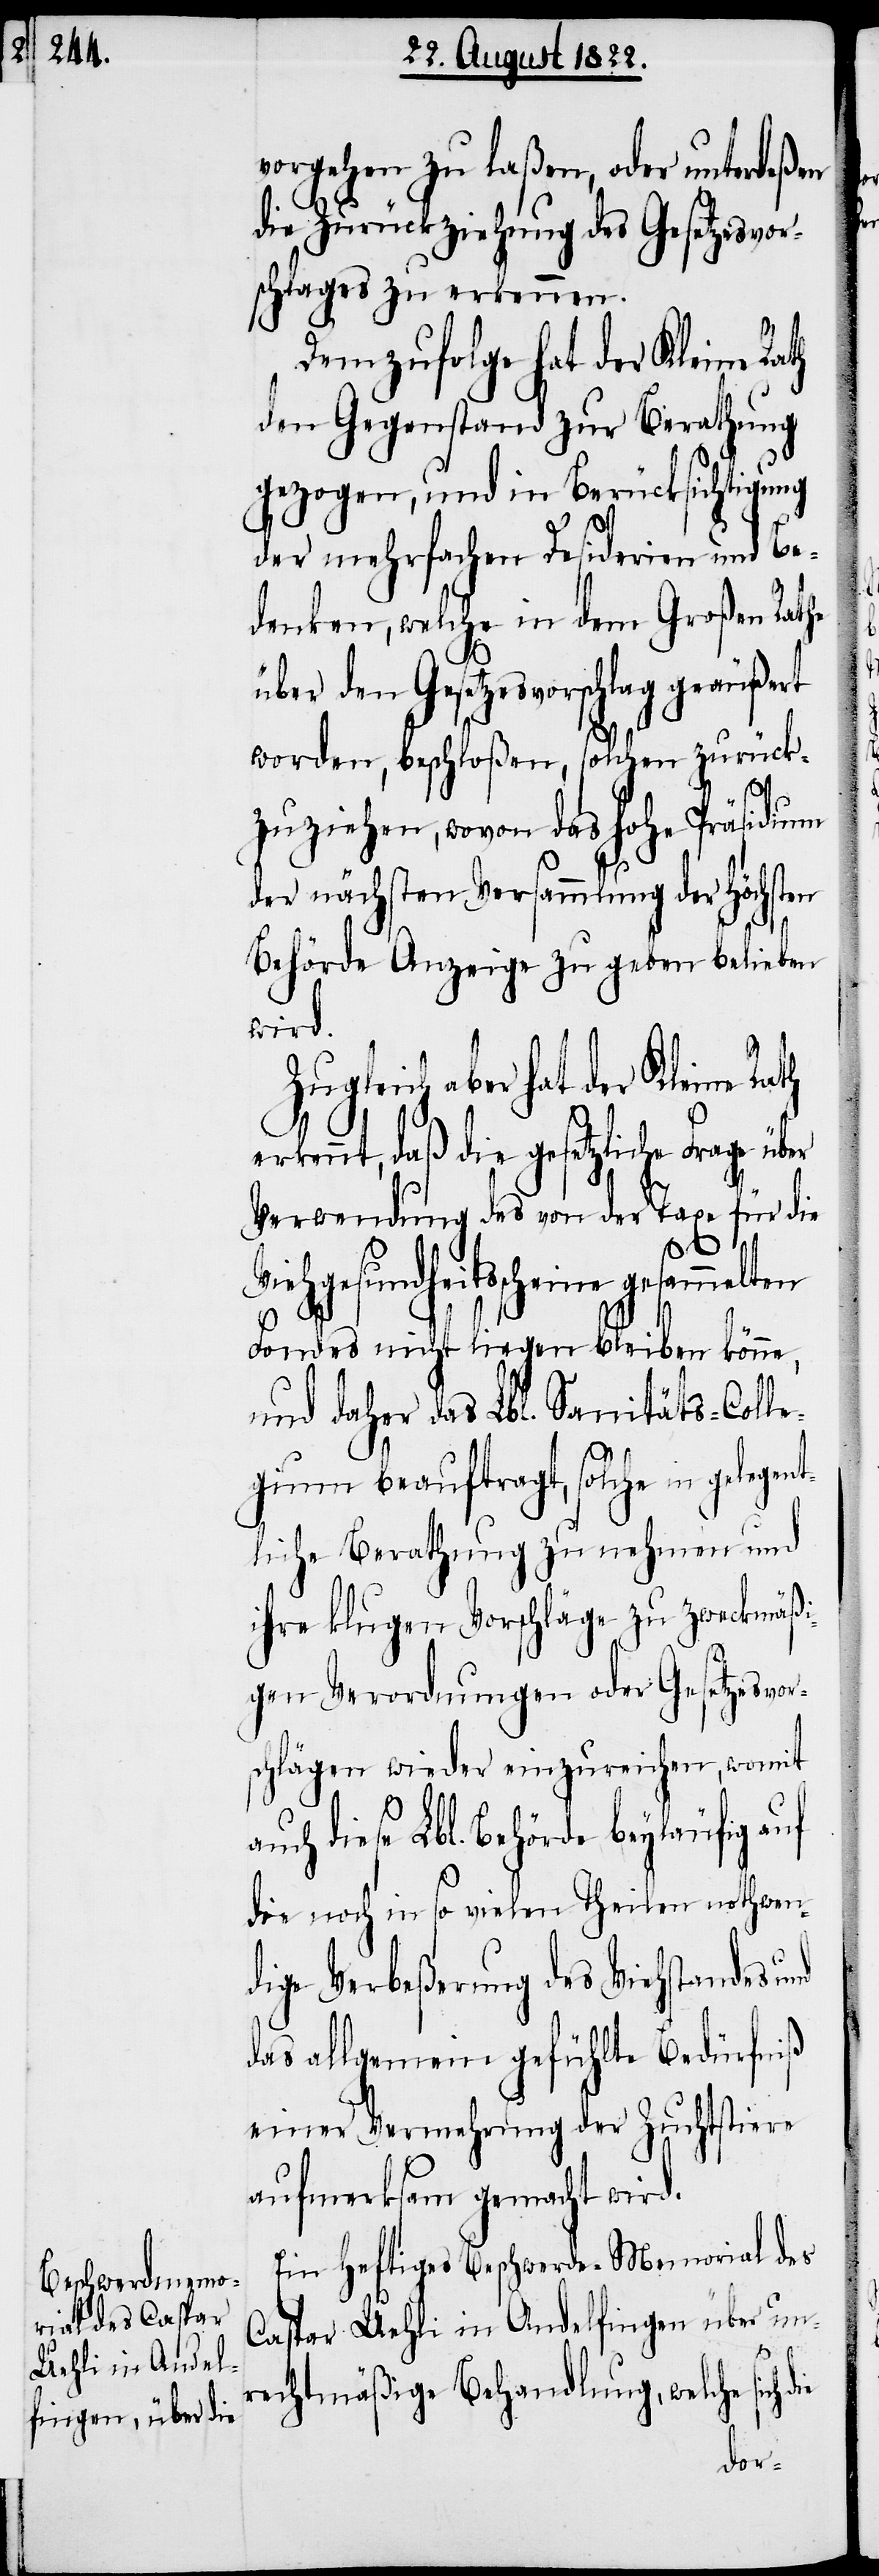
ent¬

vorgehen zu laßen, oder unterdeßen
die Zurückziehung des Gesetzesvor¬
schlages zu erkennen.
Demzufolge hat der Kleine Ra¬
den Gegenstand zur Berathung
gezogen, und in Berücksichtung
der mehrfachen Desiderien und Be¬
denken, welche in dem Großen Rathe
über den Gesetzesvorschlag geäußert
worden, beschloßen, solchen zurück¬
zuziehen, wovon das Hohe Präsidium
der nächsten Versammlung der höchsten
Behörde Anzeige zu geben belieben
wird.
ugleich aber hat der Kleine Ra¬
ennt, daß die gesetzliche Frage
Verwendung des von der Taxe für die
Viehgesundheitsscheine gesammelten
Fondes nicht liegen bleiben könne,
und daher das Lbl. Sanitäts-Coll¬
egium beauftragt, solche in geleg¬
liche Berathung zu nehmen und
ihre klugen Vorschläge zu zweckmäßi¬
gen Verordnungen oder Gesetzesvor¬
schlägen wieder einzureichen, womit
dieses Lbl. Behörde beyläufig auf
die noch in so vielen Theilen nothwen¬
dige Verbeßerung des Viehstandes
das allgemein gefühlte Bedürfniß
einer Vermehrung der Zuchtstiere
aufmerksam gemacht wird.
Ein heftiges Beschwerde-Memorial des
Caspar Uehli in Andelfingen über un¬
erk¬
rechtmäßige Behandlung, welche sich